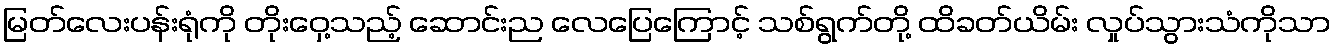
မြတ်လေးပန်းရုံကို တိုးဝှေ့သည့် ဆောင်းည လေပြေကြောင့် သစ်ရွက်တို့ ထိခတ်ယိမ်း လှုပ်သွားသံကိုသာ